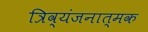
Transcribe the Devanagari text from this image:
त्रिव्यंजनात्मक